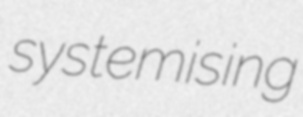
systemising